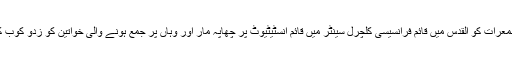
واضح رہے کہ اسرائیلی فوج پولیس نے جمعرات کو القدس میں قائم فرانسیسی کلچرل سینٹر میں قائم انسٹیٹیوٹ پر چھاپہ مار اور وہاں پر جمع ہونے والی خواتین کو زدو کوب کرنے کے بعد انہیں تقریب سے روک دیا۔